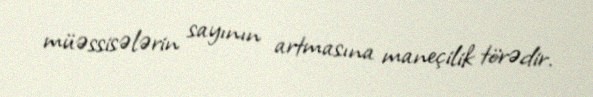
müəssisələrin sayının artmasına maneçilik törədir.